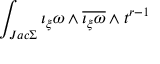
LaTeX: \int _ { J a c \Sigma } \iota _ { \xi } \omega \wedge \overline { { { \iota _ { \xi } \omega } } } \wedge t ^ { r - 1 }